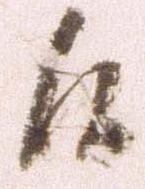
候